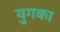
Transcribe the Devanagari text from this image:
युगका